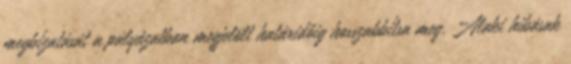
megbízatását a pályázatban megjelölt határidőig hosszabbítsa meg. Alaki hibásak